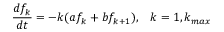
\frac { d f _ { k } } { d t } = - k ( a f _ { k } + b f _ { k + 1 } ) , \; \; \; k = 1 , k _ { m a x }